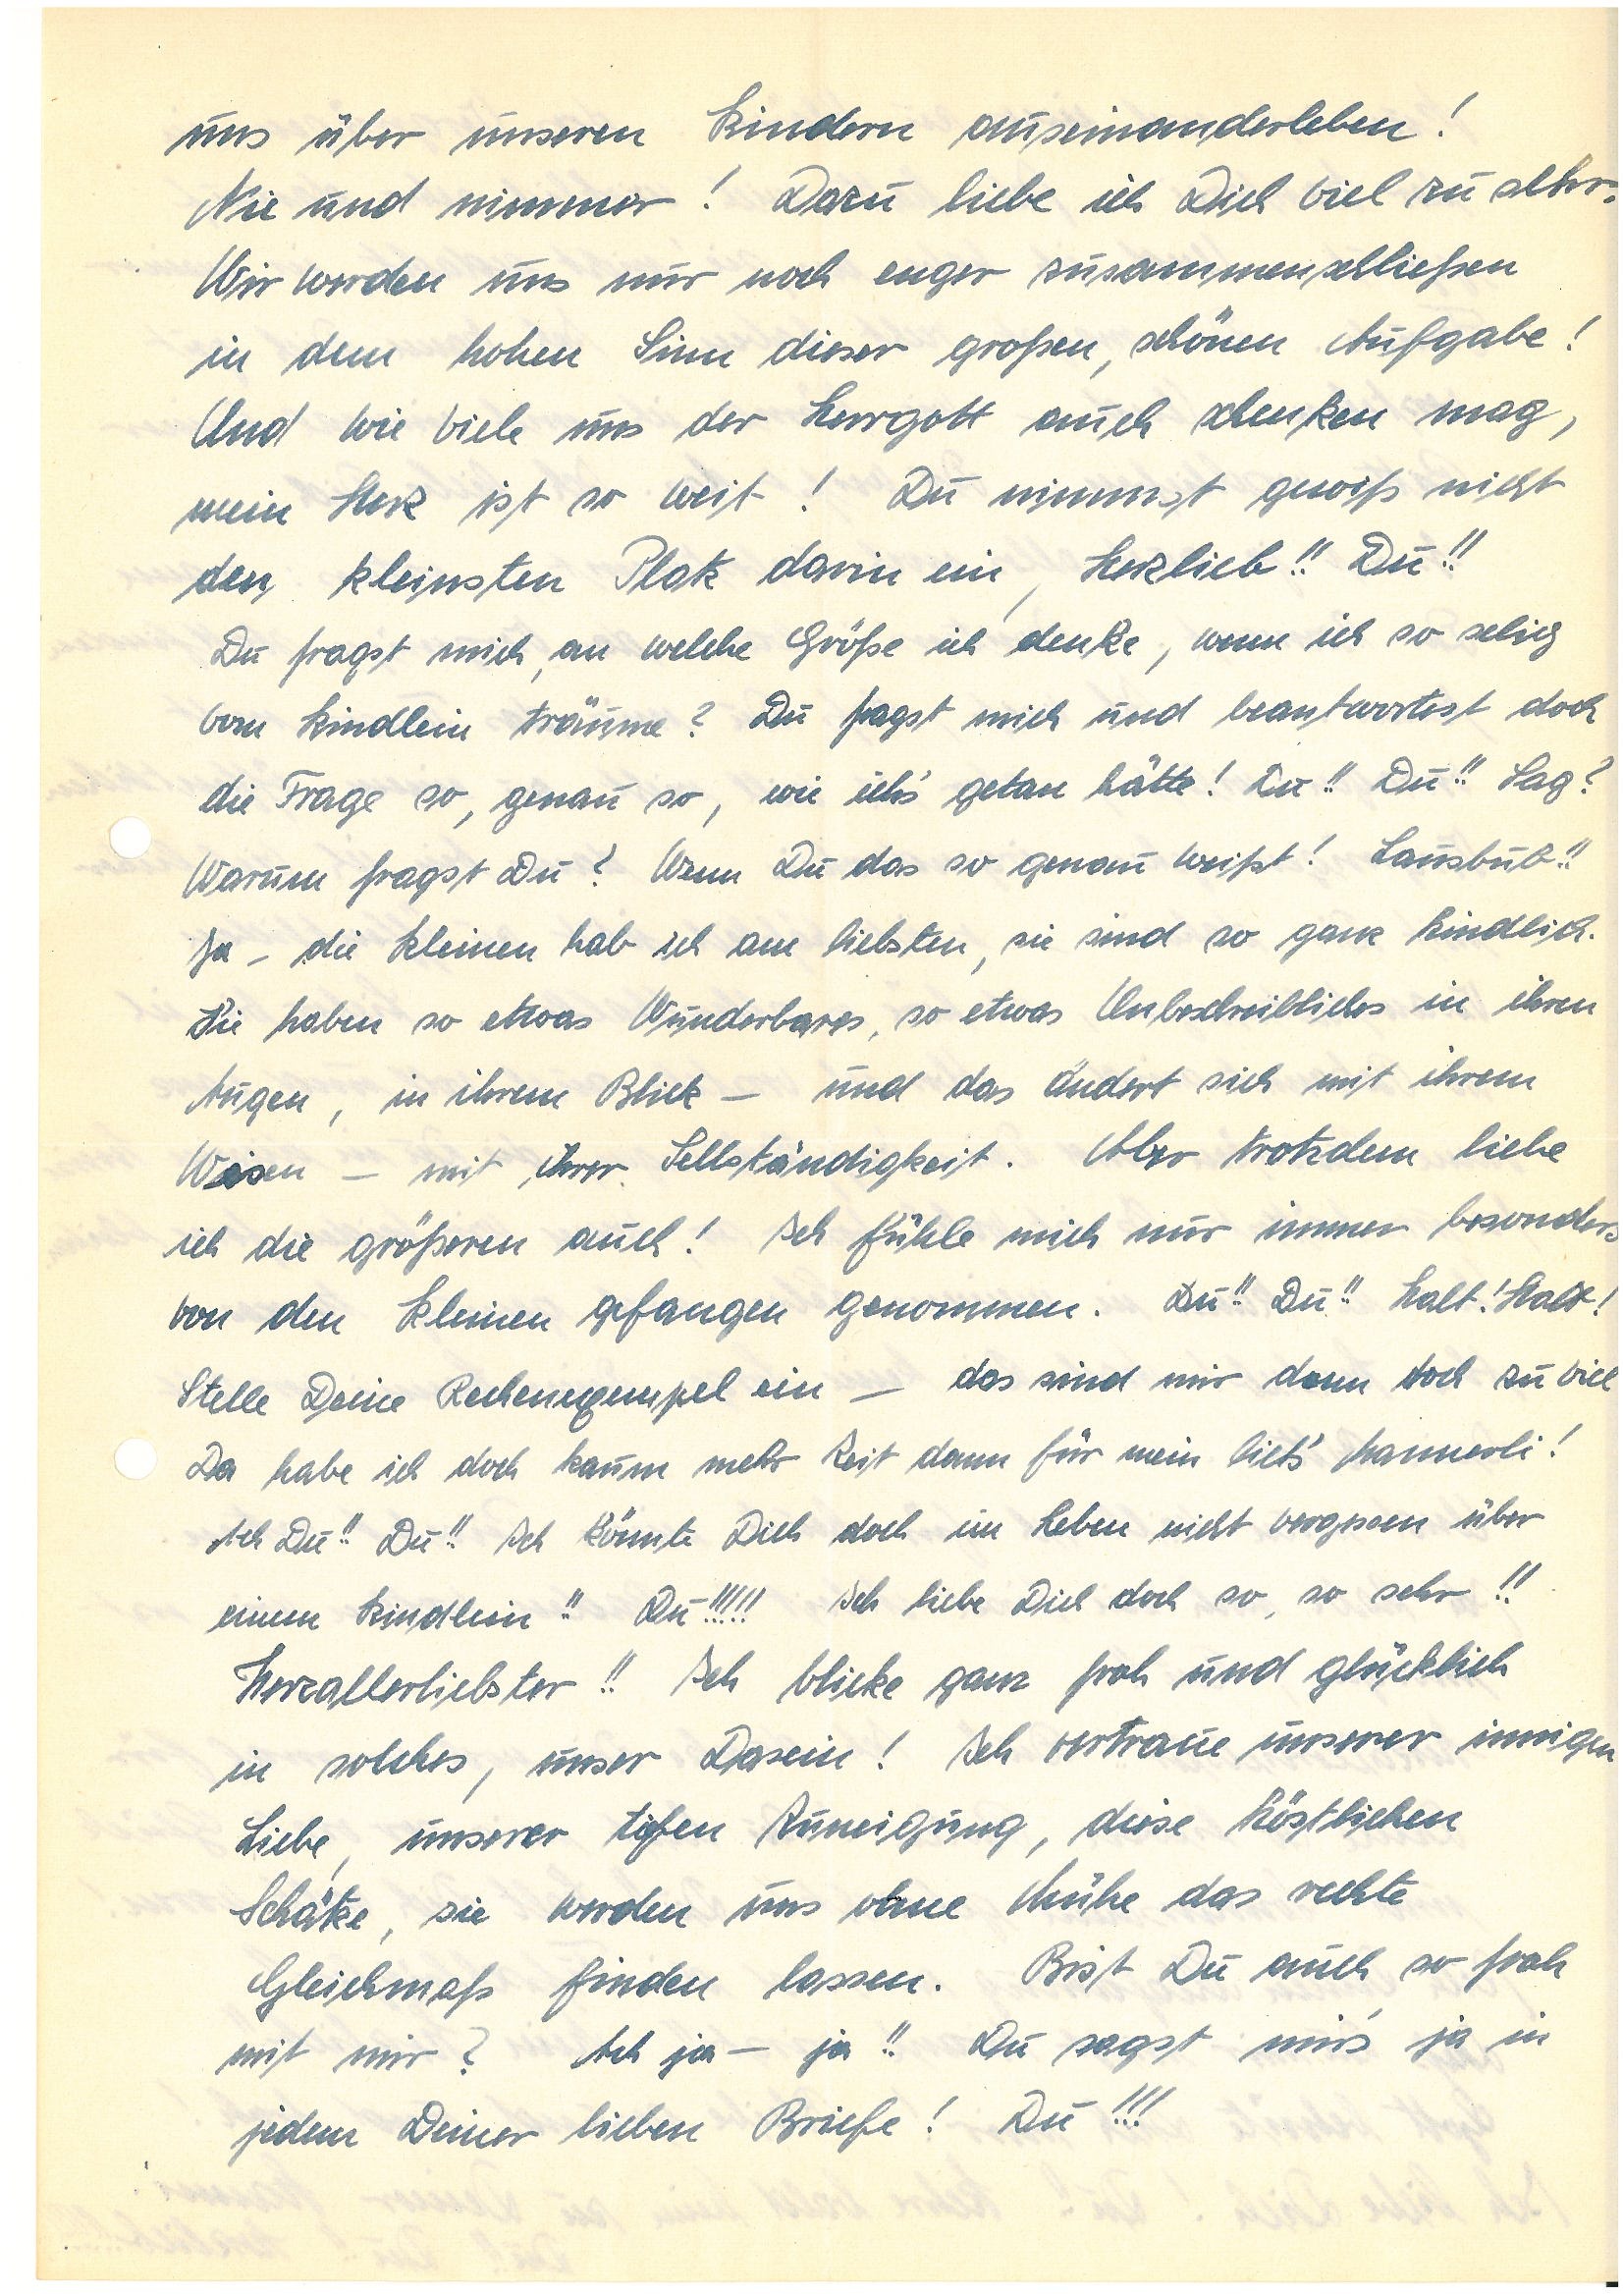
uns über unseren Kindern auseinanderleben!
Nie und nimmer! Dazu liebe ich Dich viel zu sehr.
Wir werden uns nur noch enger zusammenschließen
in dem hohen Sinn dieser großen, schönen Aufgabe!
Und wie viele uns der Herrgott auch schenken mag,
mein Herz ist so weit! Du nimmst gewiß nicht
den kleinsten Platz darin ein, Herzlieb!! Du!!
Du fragst mich, an welche Größe ich denke, wenn ich so selig
vom Kindlein träume? Du fragst mich und beantwortest doch
die Frage so, genau so, wie ich’s getan hätte! Du!! Du!! Sag?
Warum fragst Du? Wenn Du das so genau weißt! Lausbub!!
Ja – die Kleinen hab ich am liebsten, sie sind so ganz kindlich.
Sie haben so etwas Wunderbares, so etwas Unbeschreibliches in ihren
Augen, in ihrem Blick – und das ändert sich mit ihrem
Wiesen – mit ihrer Selbständigkeit. Aber trotzdem liebe
ich die größeren auch! Ich fühle mich nur immer besonders
von den kleinen gefangen genommen. Du!! Du!! Halt! Halt!
Stelle Deine Rechenexempel ein – das sind mir dann doch zu viel
Da habe ich doch kaum mehr Zeit für mein lieb’ Mannerli!
Ach Du!! Du!! Ich könnte Dich doch im Leben nicht vergessen über
einem Kindlein!! Du!!!!! Ich liebe Dich doch so, so sehr!!
Herzallerliebster!! Ich blicke ganz froh und glücklich
in solches, unser Dasein! Ich vertraue unserer innigen
Liebe, unserer tiefen Zuneigung, diese köstlichen
Schätze, sie werden uns ohne Mühe das rechte
Gleichmaß finden lassen. Bist Du auch so froh
mit mir? Ach ja – ja!! Du sagst mir’s ja in
jedem Deiner lieben Briefe! Du!!!